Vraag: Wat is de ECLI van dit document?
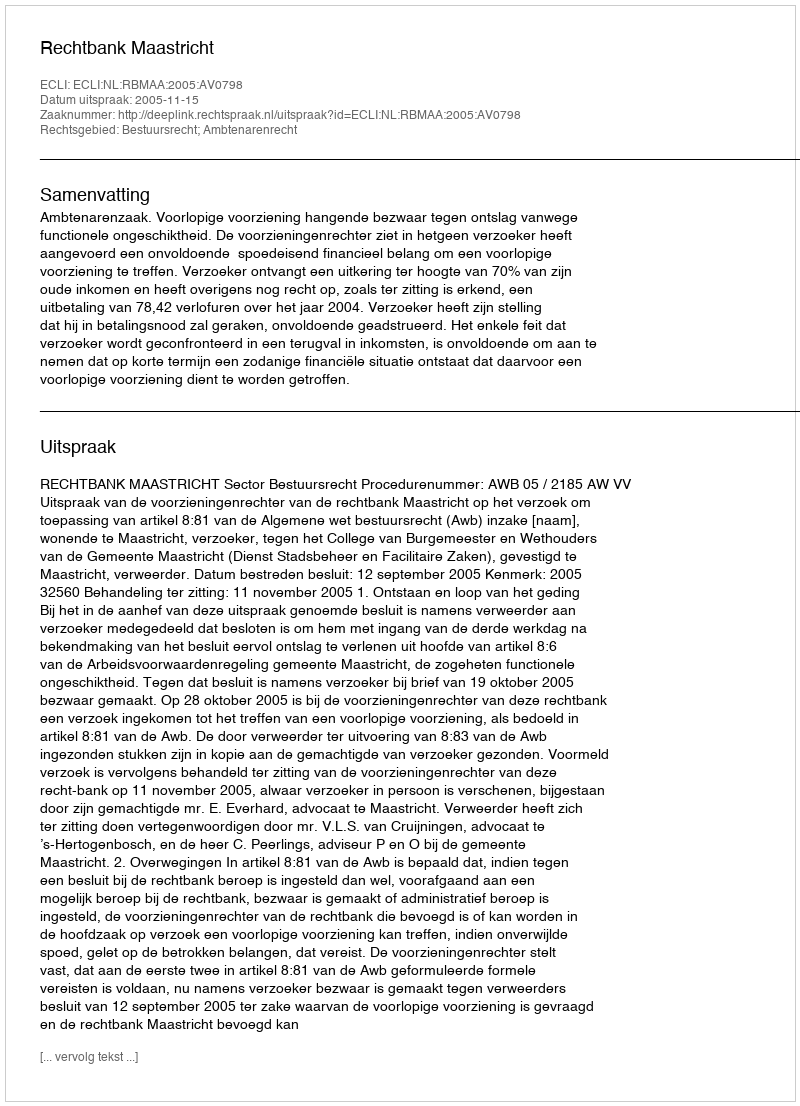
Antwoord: ECLI:NL:RBMAA:2005:AV0798